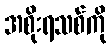
အစိုးရသစ်ကို